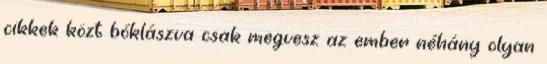
cikkek közt bóklászva csak megvesz az ember néhány olyan